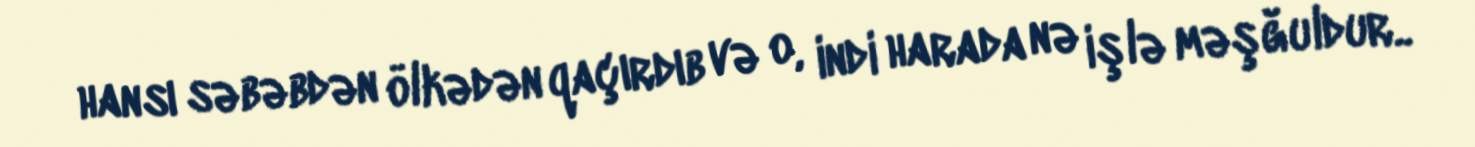
hansı səbəbdən ölkədən qaçırdıb və o, indi harada nə işlə məşğuldur..